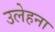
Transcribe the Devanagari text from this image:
उलेहना